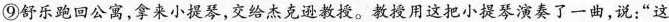
⑨舒乐跑回公寓，拿来小提琴，交给杰克逊教授。教授用这把小提琴演奏了一曲，说；“这